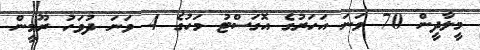
މީލާދީން 70 ވަނަ އަހަރުގެ އޮގަސްޓު މަހުގެ 4 ވަނަ ދުވަހު ރޫމީން